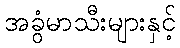
အခွံမာသီးများနှင့်